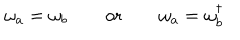
\omega _ { a } = \omega _ { b } \qquad \mathrm { o r } \qquad \omega _ { a } = \omega _ { b } ^ { \dagger }